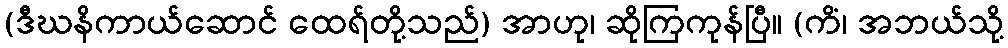
(ဒီဃနိကာယ်ဆောင် ထေရ်တို့သည်) အာဟု၊ ဆိုကြကုန်ပြီ။ (ကိံ၊ အဘယ်သို့